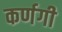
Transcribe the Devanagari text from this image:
कर्णगी